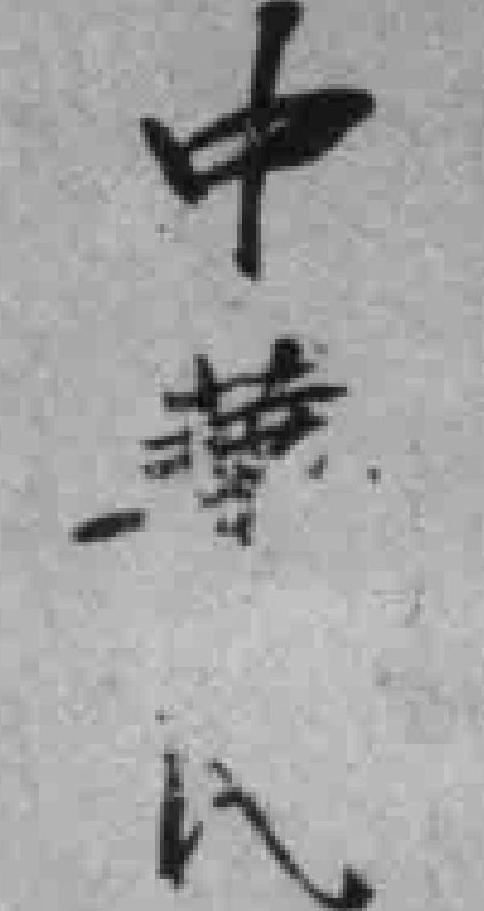
中*